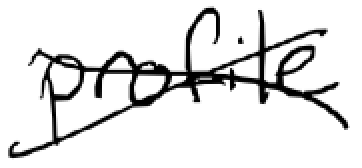
Text: profile
Cross-out: cross
Writing tool: digital_black